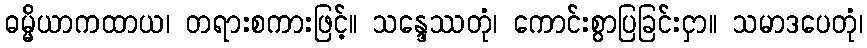
ဓမ္မိယာကထာယ၊ တရားစကားဖြင့်။ သန္ဒေဿတုံ၊ ကောင်းစွာပြခြင်းငှာ။ သမာဒပေတုံ၊